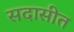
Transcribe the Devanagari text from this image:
सदासीत